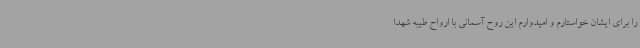
را برای ایشان خواستارم و امیدوارم این روح آسمانی با ارواح طیبه شهدا